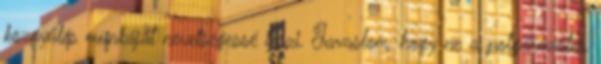
közgyűlés munkáját nevetségessé teszi. Javaslom, hogy ne a polgármester,